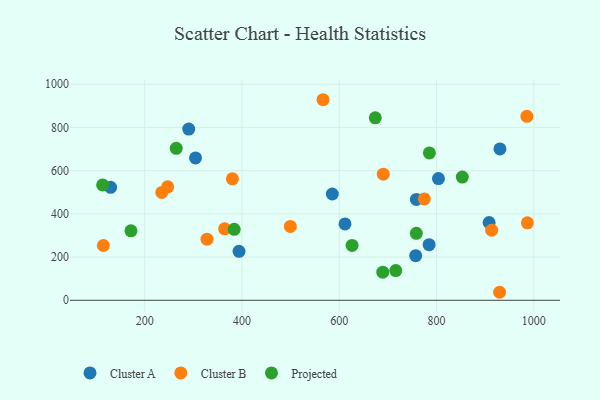
{"axis": {"x": "Price", "y": "Profit"}, "legend": ["Cluster A", "Cluster B", "Projected"], "data": [{"x": "130.0", "y": 523.0, "type": "Cluster A"}, {"x": "394.0", "y": 226.8, "type": "Cluster A"}, {"x": "908.1", "y": 360.1, "type": "Cluster A"}, {"x": "784.8", "y": 257.6, "type": "Cluster A"}, {"x": "585.8", "y": 491.9, "type": "Cluster A"}, {"x": "804.0", "y": 563.3, "type": "Cluster A"}, {"x": "758.6", "y": 466.8, "type": "Cluster A"}, {"x": "757.2", "y": 206.5, "type": "Cluster A"}, {"x": "290.6", "y": 792.5, "type": "Cluster A"}, {"x": "304.6", "y": 658.9, "type": "Cluster A"}, {"x": "930.4", "y": 700.6, "type": "Cluster A"}, {"x": "611.9", "y": 353.5, "type": "Cluster A"}, {"x": "328.2", "y": 282.8, "type": "Cluster B"}, {"x": "364.4", "y": 330.8, "type": "Cluster B"}, {"x": "985.8", "y": 851.2, "type": "Cluster B"}, {"x": "566.7", "y": 928.2, "type": "Cluster B"}, {"x": "986.8", "y": 358.3, "type": "Cluster B"}, {"x": "247.3", "y": 524.9, "type": "Cluster B"}, {"x": "690.6", "y": 583.7, "type": "Cluster B"}, {"x": "929.7", "y": 37.1, "type": "Cluster B"}, {"x": "774.9", "y": 469.0, "type": "Cluster B"}, {"x": "380.4", "y": 562.1, "type": "Cluster B"}, {"x": "115.1", "y": 253.5, "type": "Cluster B"}, {"x": "913.4", "y": 324.4, "type": "Cluster B"}, {"x": "235.2", "y": 499.2, "type": "Cluster B"}, {"x": "499.5", "y": 341.8, "type": "Cluster B"}, {"x": "758.5", "y": 310.0, "type": "Projected"}, {"x": "264.9", "y": 703.1, "type": "Projected"}, {"x": "626.4", "y": 253.9, "type": "Projected"}, {"x": "853.0", "y": 570.3, "type": "Projected"}, {"x": "716.2", "y": 137.6, "type": "Projected"}, {"x": "785.4", "y": 681.8, "type": "Projected"}, {"x": "113.6", "y": 533.8, "type": "Projected"}, {"x": "171.8", "y": 321.7, "type": "Projected"}, {"x": "689.6", "y": 129.9, "type": "Projected"}, {"x": "384.1", "y": 328.6, "type": "Projected"}, {"x": "674.1", "y": 844.5, "type": "Projected"}]}